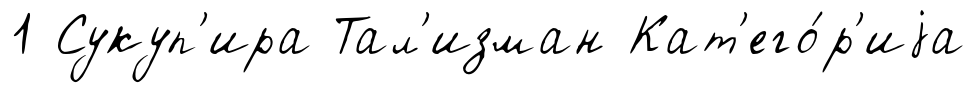
1 Сукуп'ира Тал'изман Кат'его́р'иjа